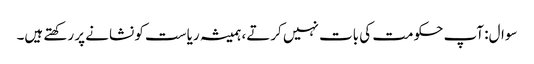
سوال: آپ حکومت کی بات نہیں کرتے، ہمیشہ ریاست کو نشانے پر رکھتے ہیں۔